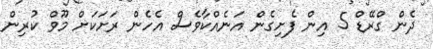
ދެން ގްރޭޑް 5 އިން ފެށިގެން އަނެއްކާވެސް އެހެން ރަށަކަށް މޫވް ކުރިން